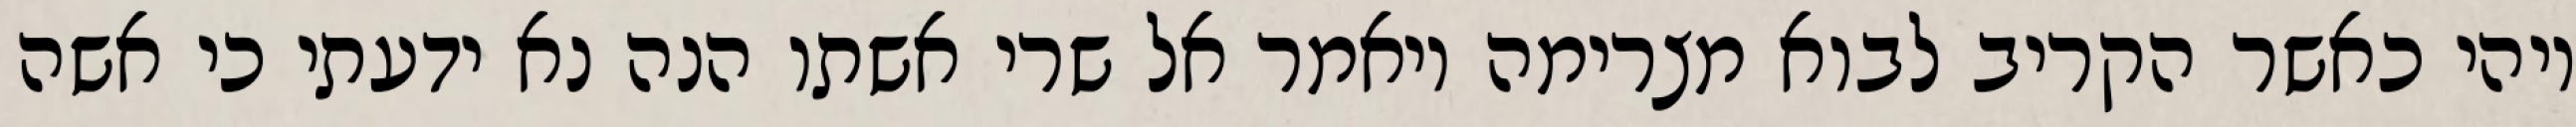
ויהי כאשר הקריב לבוא מצרימה ויאמר אל שרי אשתו הנה נא ידעתי כי אשה